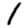
Digit: 1